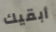
أبقيك